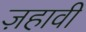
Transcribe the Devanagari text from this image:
ज़हावी